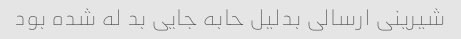
شیرینی ارسالی بدلیل حابه جایی بد له شده بود